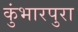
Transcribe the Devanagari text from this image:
कुंभारपुरा